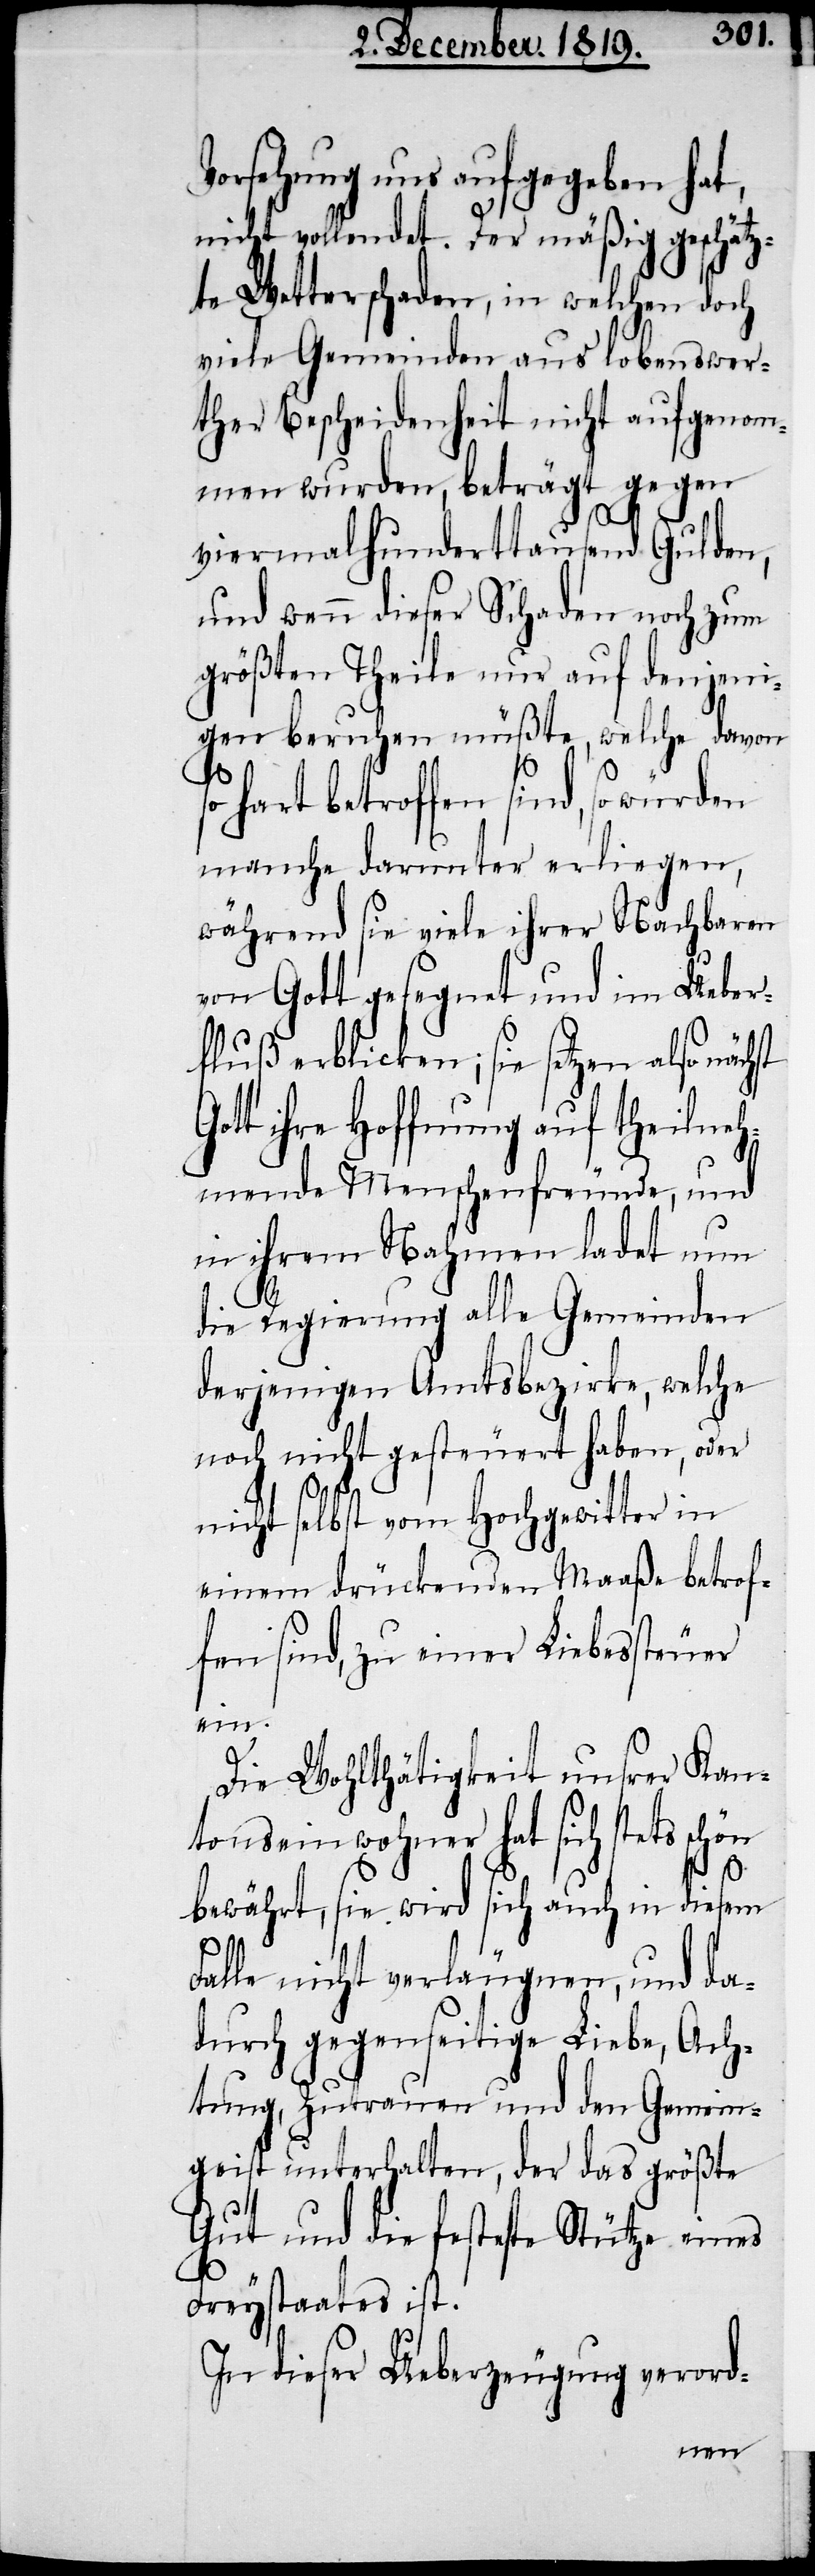
Vorsehung uns aufgegeben hat,
nicht vollendet. Der mäßig geschätz¬
te Wetterschaden, in welchen doch
viele Gemeinden aus lobenswer¬
ther Bescheidenheit nicht aufgenom¬
men wurden, beträgt gegen
Go¬
viermalhunderttausend Gulden,
und wenn dieser Schaden noch zum
größten Theile nur auf denjeni¬
gen beruhen müßte, welche davon
hart betroffen sind, so würden
manche darunter erliegen,
während sie viele ihrer Nachbaren
von Gott gesegnet und im Ueber¬
fluß erblicken; sie setzen also näch¬
tt ihre Hoffnung auf theilneh¬
mende Menschenfreunde, und
in ihrem Nahmen ladet nun
die Regierung alle Gemeinden
derjenigen Amtsbezirke, welche
noch nicht gesteuert haben, oder
nicht selbst vom Hochgewitter in
einem drückenden Maaße betrof¬
fen sind, zu einer Liebessteuer
ein.
Die Wohlthätigkeit unsrer Kan¬
tonseinwohner hat sich stets schön
bewährt, sie wird sich auch in diesem
Falle nicht verläugnen, und da¬
durch gegenseitige Liebe, Ach¬
tung, Zutrauen und den Gemein¬
geist unterhalten, der das größte
Gut und die festeste Stütze eines
st
Freystaates ist.
In dieser Ueberzeugung verord-